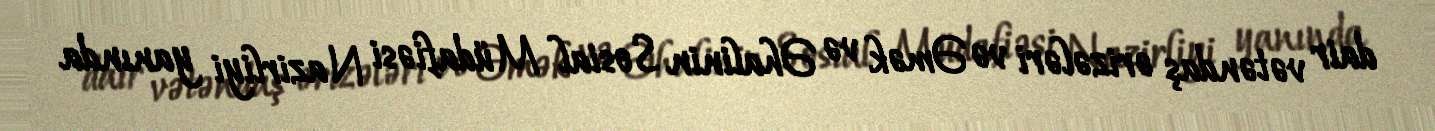
dair vətəndaş ərizələri və Əmək və Əhalinin Sosial Müdafiəsi Nazirliyi yanında